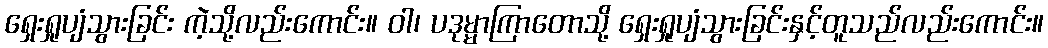
ရှေးရှုပျံသွားခြင်း ကဲ့သို့လည်းကောင်း။ ဝါ၊ ပဒုမ္မာကြာတောသို့ ရှေးရှုပျံသွားခြင်းနှင့်တူသည်လည်းကောင်း။